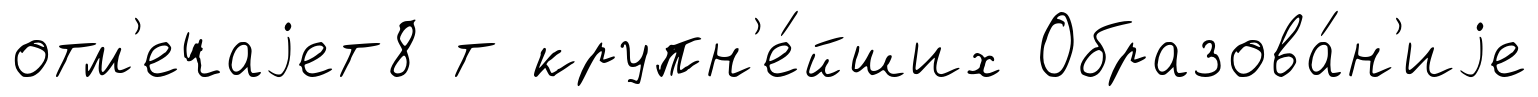
отм'ечаjет8 т крупн'е́йших Образова́н'иjе